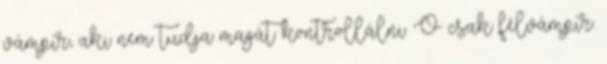
vámpír, aki nem tudja magát kontrollálni. Ő csak félvámpír.